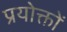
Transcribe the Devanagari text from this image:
प्रयोक्तों